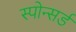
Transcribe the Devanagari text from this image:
स्पोन्सर्ड